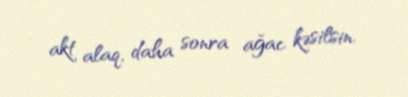
akt alaq, daha sonra ağac kəsilsin.